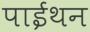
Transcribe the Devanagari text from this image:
पाईथन